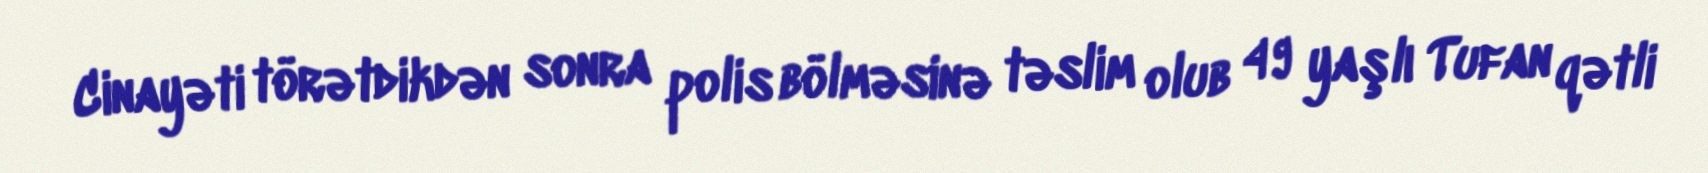
Cinayəti törətdikdən sonra polis bölməsinə təslim olub 49 yaşlı Tufan qətli